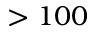
> 1 0 0